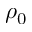
\rho _ { 0 }